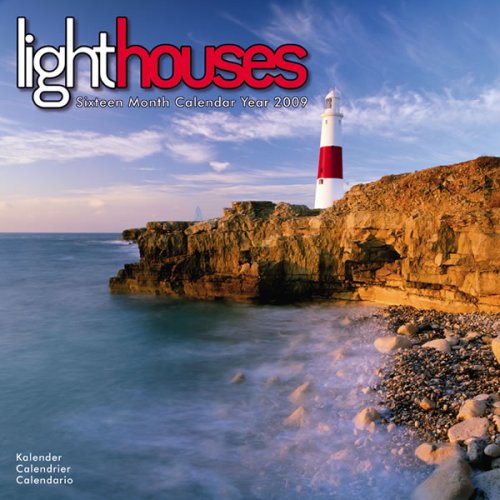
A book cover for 2009 Lighthouses; Avonside Publishing; Calendars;